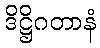
ဒိဋ္ဌိဂတာနံ